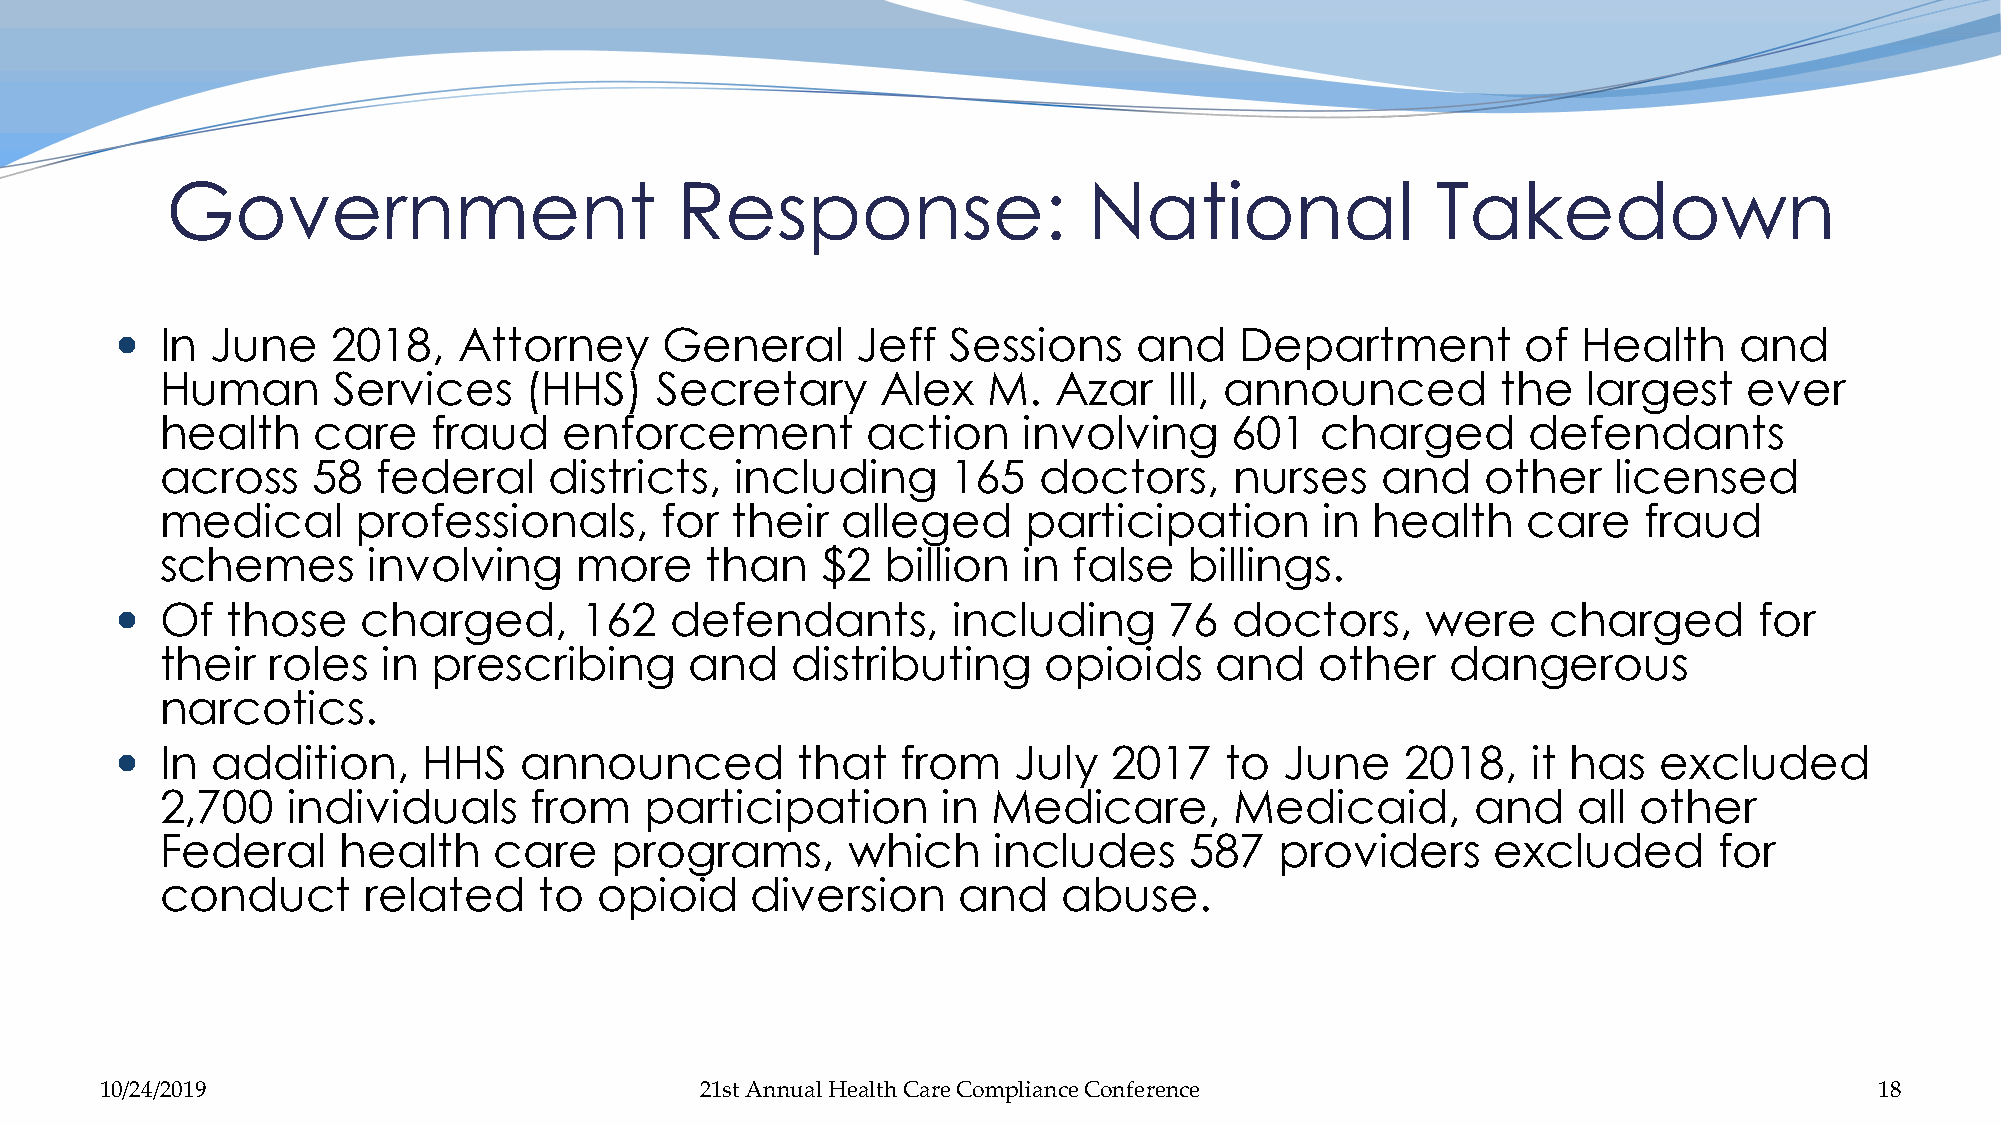
Government                        Response:                  National               Takedown
   In June    2018,   Attorney      General      Jeff  Sessions    and    Department         of  Health    and
 Human      Services     (HHS)   Secretary      Alex   M.   Azar   III, announced        the   largest    ever
 health    care    fraud   enforcement         action     involving    601   charged       defendants
 across    58  federal    districts,   including     165   doctors,     nurses   and    other    licensed
 medical      professionals,      for their   alleged     participation       in health    care    fraud
 schemes      involving     more     than   $2   billion  in false   billings.
   Of  those    charged,      162   defendants,        including     76   doctors,    were     charged      for
 their  roles  in  prescribing      and   distributing     opioids    and    other    dangerous
 narcotics.
   In addition,     HHS   announced          that   from   July   2017   to  June    2018,   it has   excluded
 2,700   individuals     from    participation      in  Medicare,       Medicaid,       and   all  other
 Federal     health    care   programs,       which     includes     587   providers     excluded       for
 conduct      related     to  opioid    diversion    and    abuse.
 10/24/2019                             21st Annual Health Care Compliance Conference                                 18